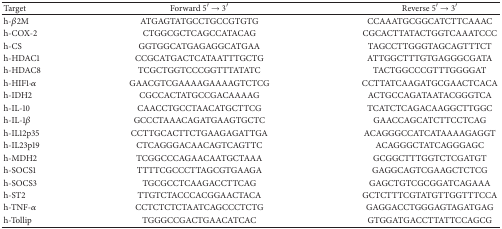
<table><thead><tr><td><b>Target</b></td><td><b>Forward 5′ → 3′</b></td><td><b>Reverse 5′ → 3′</b></td></tr></thead><tbody><tr><td>h-<i>β</i>2M</td><td>ATGAGTATGCCTGCCGTGTG</td><td>CCAAATGCGGCATCTTCAAAC</td></tr><tr><td>h-COX-2</td><td>CTGGCGCTCAGCCATACAG</td><td>CGCACTTATACTGGTCAAATCCC</td></tr><tr><td>h-CS</td><td>GGTGGCATGAGAGGCATGAA</td><td>TAGCCTTGGGTAGCAGTTTCT</td></tr><tr><td>h-HDAC1</td><td>CCGCATGACTCATAATTTGCTG</td><td>ATTGGCTTTGTGAGGGCGATA</td></tr><tr><td>h-HDAC8</td><td>TCGCTGGTCCCGGTTTATATC</td><td>TACTGGCCCGTTTGGGGAT</td></tr><tr><td>h-HIF1-<i>α</i></td><td>GAACGTCGAAAAGAAAAGTCTCG</td><td>CCTTATCAAGATGCGAACTCACA</td></tr><tr><td>h-IDH2</td><td>CGCCACTATGCCGACAAAAG</td><td>ACTGCCAGATAATACGGGTCA</td></tr><tr><td>h-IL-10</td><td>CAACCTGCCTAACATGCTTCG</td><td>TCATCTCAGACAAGGCTTGGC</td></tr><tr><td>h-IL-1<i>β</i></td><td>GCCCTAAACAGATGAAGTGCTC</td><td>GAACCAGCATCTTCCTCAG</td></tr><tr><td>h-IL12p35</td><td>CCTTGCACTTCTGAAGAGATTGA</td><td>ACAGGGCCATCATAAAAGAGGT</td></tr><tr><td>h-IL23p19</td><td>CTCAGGGACAACAGTCAGTTC</td><td>ACAGGGCTATCAGGGAGC</td></tr><tr><td>h-MDH2</td><td>TCGGCCCAGAACAATGCTAAA</td><td>GCGGCTTTGGTCTCGATGT</td></tr><tr><td>h-SOCS1</td><td>TTTTCGCCCTTAGCGTGAAGA</td><td>GAGGCAGTCGAAGCTCTCG</td></tr><tr><td>h-SOCS3</td><td>TGCGCCTCAAGACCTTCAG</td><td>GAGCTGTCGCGGATCAGAAA</td></tr><tr><td>h-ST2</td><td>TTGTCTACCCACGGAACTACA</td><td>GCTCTTTCGTATGTTGGTTTCCA</td></tr><tr><td>h-TNF-<i>α</i></td><td>CCTCTCTCTAATCAGCCCTCTG</td><td>GAGGACCTGGGAGTAGATGAG</td></tr><tr><td>h-Tollip</td><td>TGGGCCGACTGAACATCAC</td><td>GTGGATGACCTTATTCCAGCG</td></tr></tbody></table>